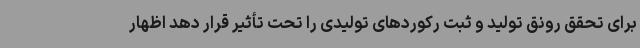
برای تحقق رونق تولید و ثبت رکوردهای تولیدی را تحت تأثیر قرار دهد اظهار